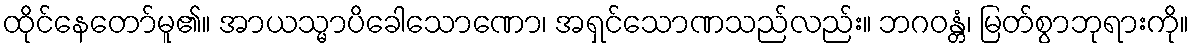
ထိုင်နေတော်မူ၏။ အာယသ္မာပိခေါသောဏော၊ အရှင်သောဏသည်လည်း။ ဘဂဝန္တံ၊ မြတ်စွာဘုရားကို။